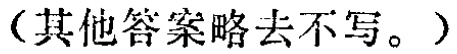
（其他答案略去不写。）